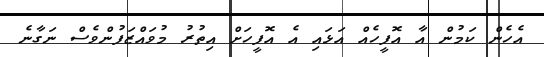
އެހެން ކަމުން އާ އޮފީހެއް އަޅައި އެ އޮފީހަށް އިތުރު މުވައްޒަފުންވެސް ނަގާނެ